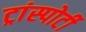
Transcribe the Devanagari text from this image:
ट्रांस्पोर्टी